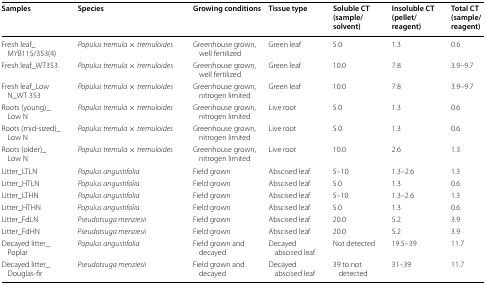
<table><thead><tr><td><b>Samples</b></td><td><b>Species</b></td><td><b>Growing conditions</b></td><td><b>Tissue type</b></td><td><b>Soluble CT (sample/solvent)</b></td><td><b>Insoluble CT (pellet/reagent)</b></td><td><b>Total CT (sample/reagent)</b></td></tr></thead><tbody><tr><td>Fresh leaf_MYB115/353(4)</td><td><i>Populus tremula</i> × <i>tremuloides</i></td><td>Greenhouse grown, well fertilized</td><td>Green leaf</td><td>5.0</td><td>1.3</td><td>0.6</td></tr><tr><td>Fresh leaf_WT353</td><td><i>Populus tremula</i> × <i>tremuloides</i></td><td>Greenhouse grown, well fertilized</td><td>Green leaf</td><td>10.0</td><td>7.8</td><td>3.9–9.7</td></tr><tr><td>Fresh leaf_Low N_WT 353</td><td><i>Populus tremula</i> × <i>tremuloides</i></td><td>Greenhouse grown, nitrogen limited</td><td>Green leaf</td><td>10.0</td><td>7.8</td><td>3.9–9.7</td></tr><tr><td>Roots (young)_Low N</td><td><i>Populus tremula</i> × <i>tremuloides</i></td><td>Greenhouse grown, nitrogen limited</td><td>Live root</td><td>5.0</td><td>1.3</td><td>0.6</td></tr><tr><td>Roots (mid-sized)_Low N</td><td><i>Populus tremula</i> × <i>tremuloides</i></td><td>Greenhouse grown, nitrogen limited</td><td>Live root</td><td>5.0</td><td>1.3</td><td>0.6</td></tr><tr><td>Roots (older)_Low N</td><td><i>Populus tremula</i> × <i>tremuloides</i></td><td>Greenhouse grown, nitrogen limited</td><td>Live root</td><td>10.0</td><td>2.6</td><td>1.3</td></tr><tr><td>Litter_LTLN</td><td><i>Populus angustifolia</i></td><td>Field grown</td><td>Abscised leaf</td><td>5–10</td><td>1.3–2.6</td><td>1.3</td></tr><tr><td>Litter_HTLN</td><td><i>Populus angustifolia</i></td><td>Field grown</td><td>Abscised leaf</td><td>5.0</td><td>1.3</td><td>0.6</td></tr><tr><td>Litter_LTHN</td><td><i>Populus angustifolia</i></td><td>Field grown</td><td>Abscised leaf</td><td>5–10</td><td>1.3–2.6</td><td>1.3</td></tr><tr><td>Litter_HTHN</td><td><i>Populus angustifolia</i></td><td>Field grown</td><td>Abscised leaf</td><td>5.0</td><td>1.3</td><td>0.6</td></tr><tr><td>Litter_FdLN</td><td><i>Pseudotsuga menziesii</i></td><td>Field grown</td><td>Abscised leaf</td><td>20.0</td><td>5.2</td><td>3.9</td></tr><tr><td>Litter_FdHN</td><td><i>Pseudotsuga menziesii</i></td><td>Field grown</td><td>Abscised leaf</td><td>20.0</td><td>5.2</td><td>3.9</td></tr><tr><td>Decayed litter_Poplar</td><td><i>Populus angustifolia</i></td><td>Field grown and decayed</td><td>Decayed abscised leaf</td><td>Not detected</td><td>19.5–39</td><td>11.7</td></tr><tr><td>Decayed litter_Douglas-fir</td><td><i>Pseudotsuga menziesii</i></td><td>Field grown and decayed</td><td>Decayed abscised leaf</td><td>39 to not detected</td><td>31–39</td><td>11.7</td></tr></tbody></table>